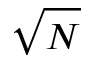
\sqrt { N }